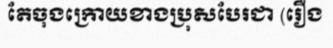
តែចុងក្រោយខាងប្រុសបែរជា (រឿង